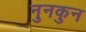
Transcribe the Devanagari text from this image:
नुनकुन